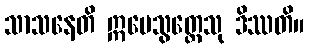
သာသနေတိ ဣမေသွတ္ထေသု ဒိဿတိ။